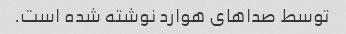
توسط صداهای هوارد نوشته شده است.